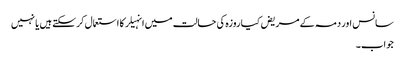
سانس اور دمہ کے مریض کیا روزہ کی حالت میں انہیلر کا استعمال کرسکتے ہیں یا نہیں
جواب۔